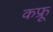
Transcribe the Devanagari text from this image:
कफ्रू